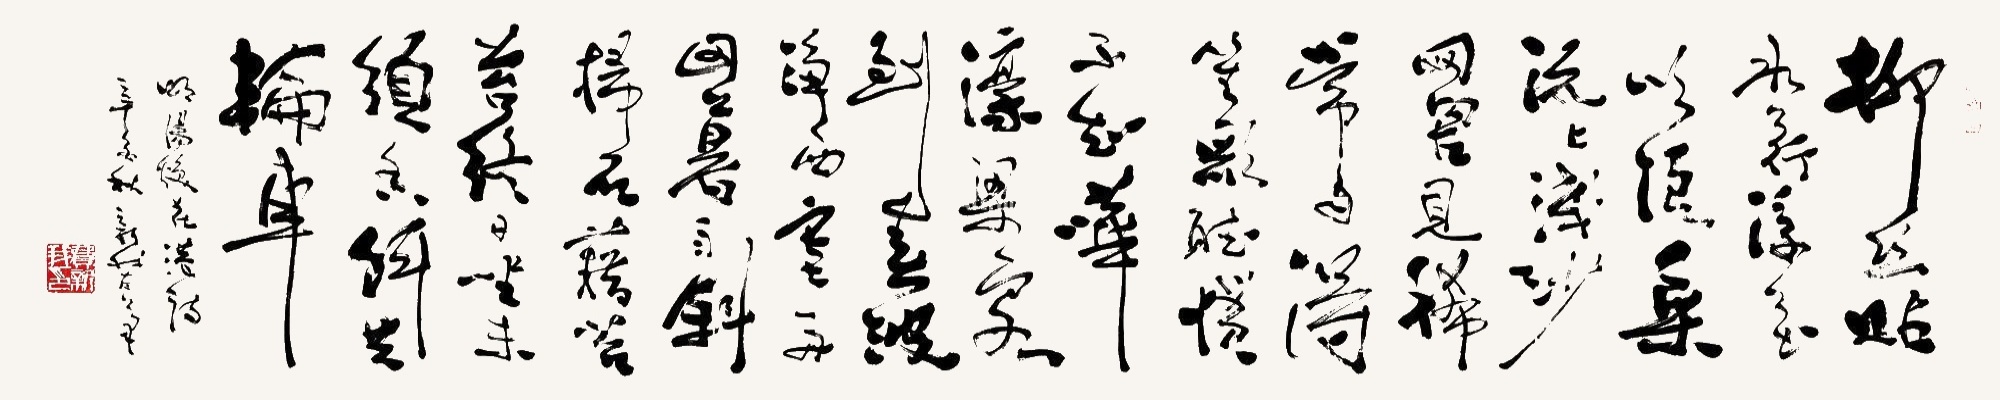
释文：柳丝贴水荇萍花，顺浪乘流上浅沙。网罟见稀常自得，笙歌听惯不知哗。濠梁客到春波净，西塞舟回暮雨斜。扫石藉苔（苔）终日坐，未须香饵共纶车。明汤焕《花港》诗，辛酉秋，新我左笔。